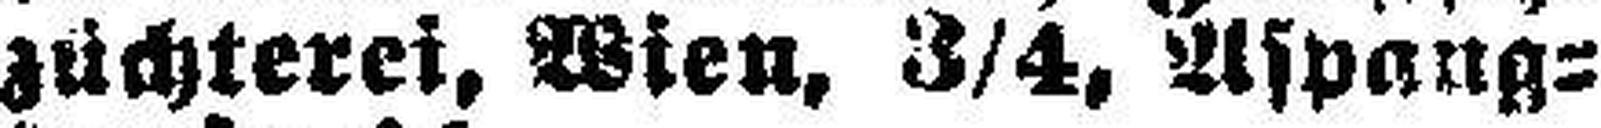
züchterei, Wien, 3/4, Aspang¬